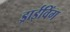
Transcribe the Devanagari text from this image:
ड्राईविंग